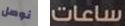
نوصل ساعات